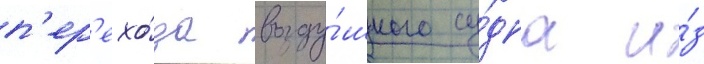
п'ер'ехо́да возду́шного су́дна и́з